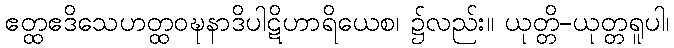
ဧတ္ထဧဒိသေဟတ္ထဝဍ္ဎနာဒိပါဋိဟာရိယေစ၊ ၌လည်း။ ယုတ္တိ-ယုတ္တရူပါ၊